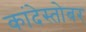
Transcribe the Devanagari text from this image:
कांदेस्तोबर